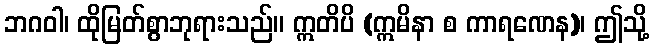
ဘဂဝါ၊ ထိုမြတ်စွာဘုရားသည်။ ဣတိပိ (ဣမိနာ စ ကာရဏေန)၊ ဤသို့